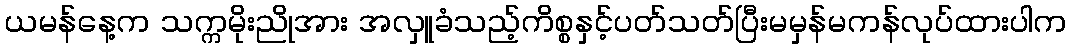
ယမန်နေ့က သက္ကမိုးညိုအား အလှူခံသည့်ကိစ္စနှင့်ပတ်သတ်ပြီးမမှန်မကန်လုပ်ထားပါက